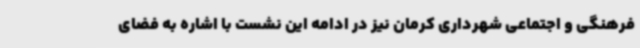
فرهنگی و اجتماعی شهرداری کرمان نیز در ادامه این نشست با اشاره به فضای